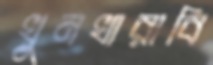
খুনখারাবি